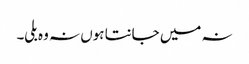
نہ میں جانتا ہوں نہ وہ بلی۔